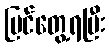
မြင်တွေ့ရပြီး